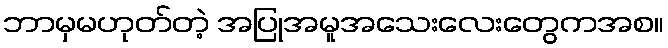
ဘာမှမဟုတ်တဲ့ အပြုအမူအသေးလေးတွေကအစ။